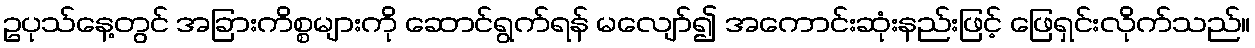
ဥပုသ်နေ့တွင် အခြားကိစ္စများကို ဆောင်ရွက်ရန် မလျော်၍ အကောင်းဆုံးနည်းဖြင့် ဖြေရှင်းလိုက်သည်။